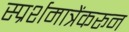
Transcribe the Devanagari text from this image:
स्प्रर्शमात्रेंकरून